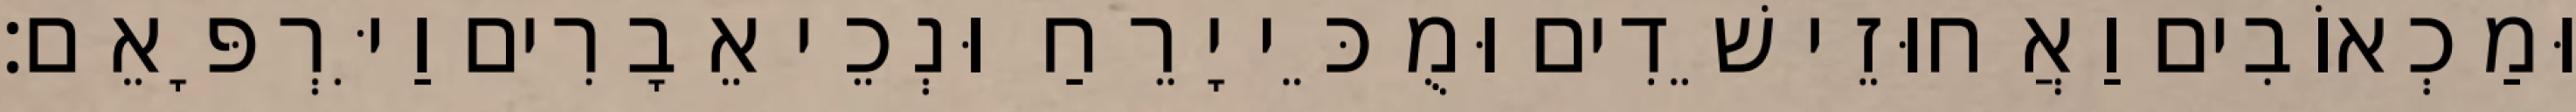
וּמַכְאוֹבִים וַאֲחוּזֵי שֵׁדִים וּמֻכֵּי יָרֵחַ וּנְכֵי אֵבָרִים וַיִּרְפָּאֵם׃